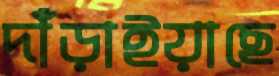
দাঁড়াইয়াছে